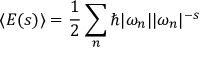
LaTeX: \langle E ( s ) \rangle = { \frac { 1 } { 2 } } \sum _ { n } \hbar | \omega _ { n } | | \omega _ { n } | ^ { - s }